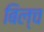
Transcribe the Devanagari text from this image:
बिल्च